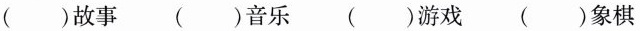
（）故事 （ ）音乐 （ ）游戏 （ ）象棋